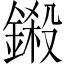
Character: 鎩